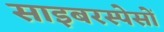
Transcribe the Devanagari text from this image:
साइबरस्पेसों